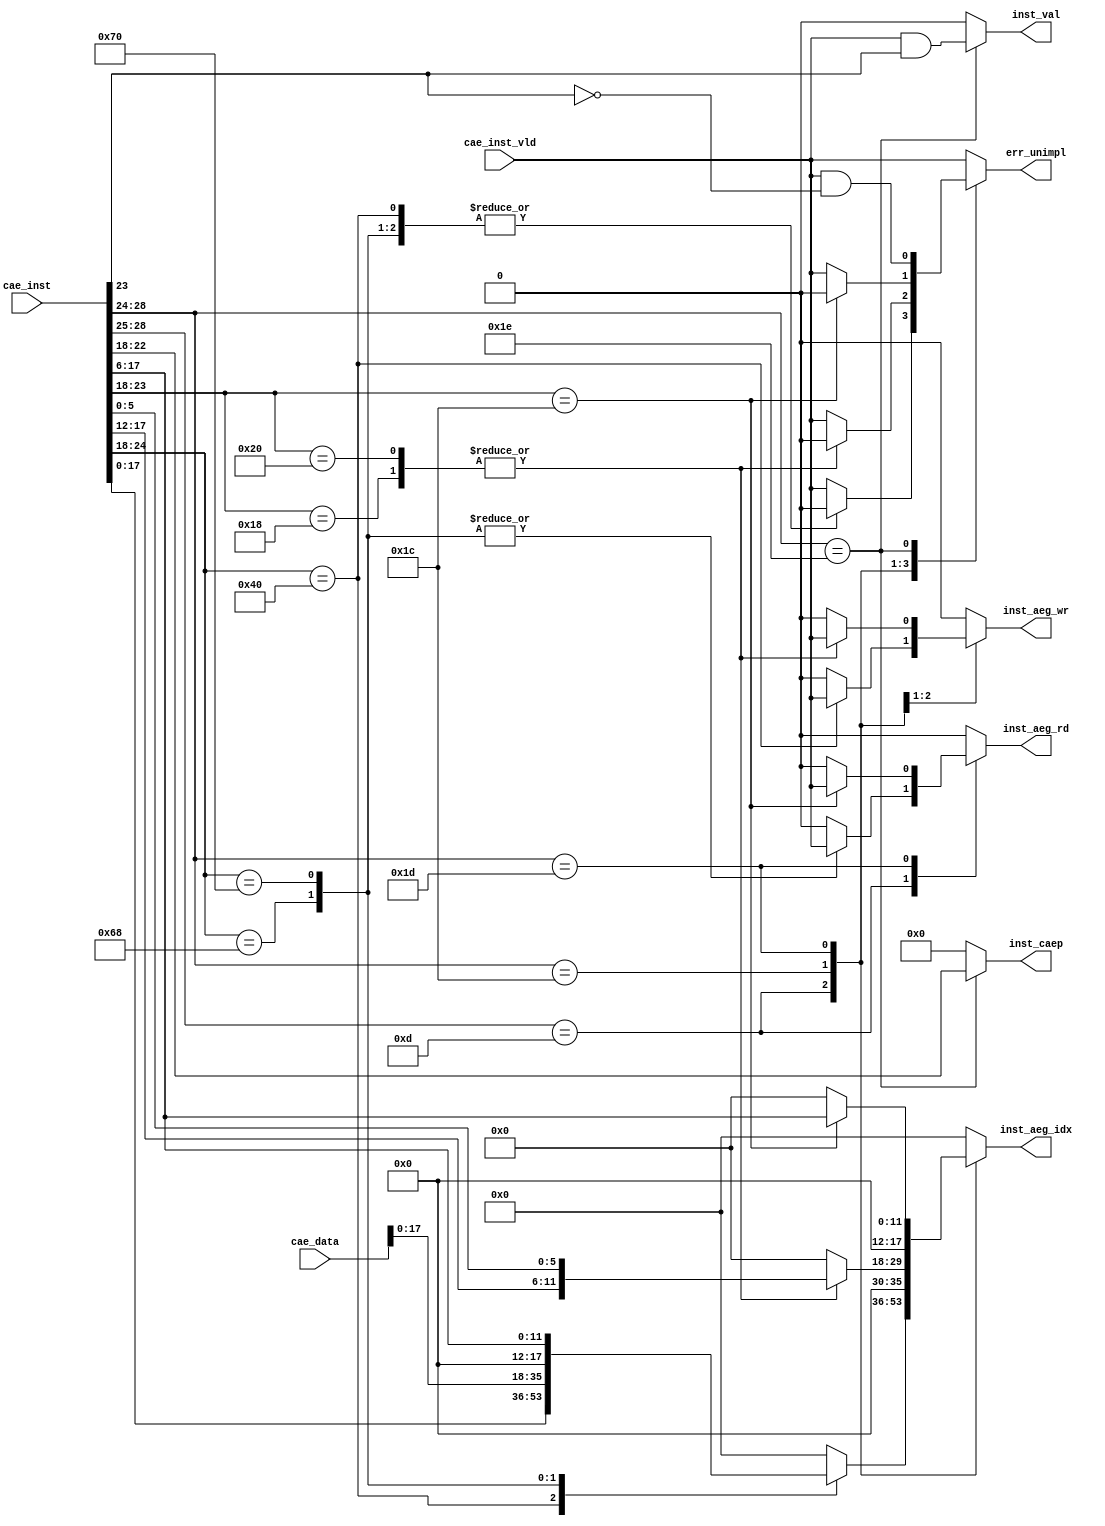
/*****************************************************************************/
//
// Module:		instdec.v
// Revision:		$Revision: 1.1 $
// Last Modified By:	$Author: mruff $
//
//-----------------------------------------------------------------------------
//
// Description: Decode CP instructions
//
//-----------------------------------------------------------------------------
//
// Copyright (c) 2011 : Created by Convey Computer Corp. This file is the
// confidential and proprietary property of Convey Computer Corp.
//
/*****************************************************************************/
/* $Id: instdec.v,v 1.1 2011/08/11 16:28:50 mruff Exp $ */

module instdec (
input	[31:0]	cae_inst,
input	[63:0]	cae_data,
input		cae_inst_vld,

output		inst_val,
output	[4:0]	inst_caep,
output		inst_aeg_wr,
output		inst_aeg_rd,
output	[17:0]	inst_aeg_idx,

output		err_unimpl
);

    reg		c_val, c_aeg_wr, c_aeg_rd, c_unimpl;
    reg [4:0]	c_caep;
    reg [17:0]	c_aeg_idx;

    always @* begin
	c_val = 'b0;
	c_caep = 'b0;
	c_aeg_wr = 'b0;
	c_aeg_rd = 'b0;
	c_aeg_idx = 'b0;
	c_unimpl = 'b0;

	casex (cae_inst[28:24])
	// Format 4 instructions
	5'b1101?: begin
	    case (cae_inst[24:18])
	    7'h40: begin
		c_aeg_idx = cae_inst[17:0];
		c_aeg_wr  = cae_inst_vld;
	    end
	    7'h68: begin
		c_aeg_idx = cae_data[17:0];
		c_aeg_rd  = cae_inst_vld;
	    end
	    7'h70: begin
		c_aeg_idx = {6'b0, cae_inst[17:6]};
		c_aeg_rd  = cae_inst_vld;
	    end
	    default: c_unimpl = cae_inst_vld;
	    endcase
	end
	// Format 5 instructions
	5'b11100: begin
	    case (cae_inst[23:18])
	    6'h18: begin
		c_aeg_idx = {6'b0, cae_inst[17:12], cae_inst[5:0]};
		c_aeg_wr  = cae_inst_vld;
	    end
	    6'h20: begin
		c_aeg_idx = {6'b0, cae_inst[17:12], cae_inst[5:0]};
		c_aeg_wr  = cae_inst_vld;
	    end
	    default: c_unimpl = cae_inst_vld;
	    endcase
	end
	// Format 6 instructions
	5'b11101: begin
	    case (cae_inst[23:18])
	    6'h1c: begin
		c_aeg_idx = {6'b0, cae_inst[17:6]};
		c_aeg_rd  = cae_inst_vld;
	    end
	    default: c_unimpl = cae_inst_vld;
	    endcase
	end
	// Format 7 instructions
	5'b11110: begin
	    // CAEP instructions in range 20-3F
	    c_caep   = cae_inst[22:18];
	    c_val    = cae_inst_vld &  cae_inst[23];
	    c_unimpl = cae_inst_vld & !cae_inst[23];
	end

	default: c_unimpl = cae_inst_vld;
	endcase
    end

    assign inst_val = c_val;
    assign inst_caep = c_caep;
    assign inst_aeg_wr = c_aeg_wr;
    assign inst_aeg_rd = c_aeg_rd;
    assign inst_aeg_idx = c_aeg_idx;
    assign err_unimpl = c_unimpl;

endmodule